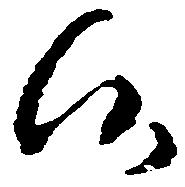
候